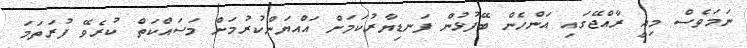
ނަމަވެސް މިއީ ރާއްޖޭގައި އަންހެން ބޭފުޅުން ފަނޑިޔާރުކަމަށް އައްޔަންކުރުމަށް މަސައްކަތް ކުރެވޭ ފުރަތަމަ